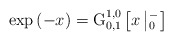
\begin{align*}\exp \left( -x \right)=\operatorname{G}_{0,1}^{1,0}\left[ x\left| _{0}^{-} \right. \right]\end{align*}